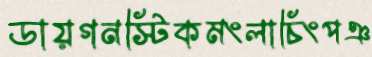
ডায়গনস্টিকমংলাচিংপঞ